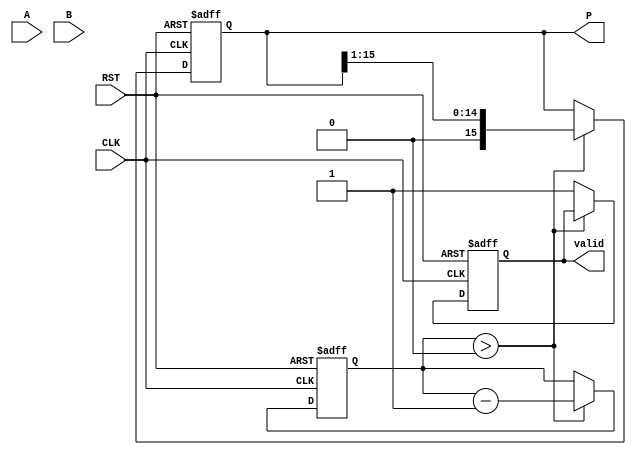
module Modified_Booth_Multiplier #(
    parameter WIDTH = 8  // Bit-width for the multiplicand and multiplier
)(
    input signed [WIDTH-1:0] A,  // Multiplicand
    input signed [WIDTH-1:0] B,  // Multiplier
    input CLK,                   // Clock signal
    input RST,                   // Reset signal
    output reg signed [2*WIDTH-1:0] P, // Product
    output reg valid              // Valid signal
);

    // Internal registers
    reg signed [WIDTH-1:0] M;     // Multiplicand register
    reg signed [WIDTH-1:0] Q;     // Multiplier register
    reg [WIDTH:0] Count;          // Count register
    reg Qm;                       // Previous bit of Q (Multiplier)
    reg [2*WIDTH-1:0] A_neg;      // Negated multiplicand for subtraction

    // Negate the multiplicand for subtraction
    always @(*) begin
        A_neg = -M; // Two's complement negation
    end

    // State machine for the Modified Booth Multiplier
    always @(posedge CLK or posedge RST) begin
        if (RST) begin
            // Reset state
            P <= 0;
            M <= A;
            Q <= B;
            Count <= WIDTH;
            Qm <= 0;
            valid <= 0;
        end else begin
            if (Count > 0) begin
                case ({Q[0], Qm})  // Examine current and previous bits of Q
                    2'b00: begin
                        // Do nothing
                        P <= P; // No change
                    end
                    2'b01: begin
                        // Add M to P
                        P <= P + M;
                    end
                    2'b10: begin
                        // Subtract M from P
                        P <= P + A_neg;
                    end
                    2'b11: begin
                        // Do nothing
                        P <= P; // No change
                    end
                endcase
                
                // Shift right: arithmetic shift
                {P, Q} <= {P[2*WIDTH-1], P[2*WIDTH-2:0], Q[WIDTH-1:1]};
                Qm <= Q[0]; // Update previous bit
                Count <= Count - 1; // Decrement count
            end else begin
                valid <= 1; // Multiplication complete
            end
        end
    end
endmodule